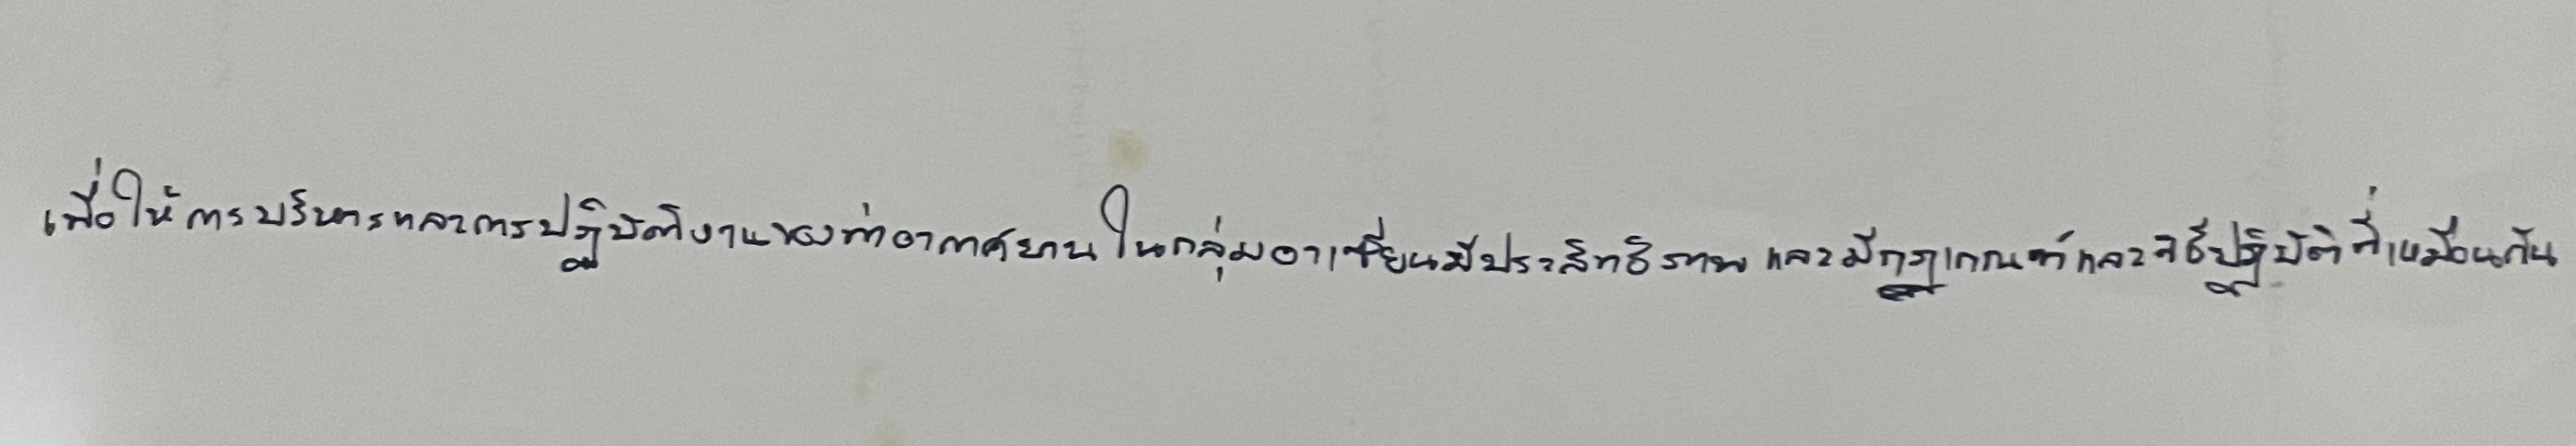
เพื่อให้การบริหารและการปฏิบัติงานของท่าอากาศยานในกลุ่มอาเซียนมีประสิทธิภาพและมีกฎเกณฑ์และวิธีปฏิบัติที่เหมือนกัน